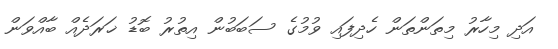
އަދި މިހާރު މިތަންތަން ހެދިފައި ވުމުގެ ސަބަބުން އިތުރު ބޮޑު ޚަރަދެއް ބާއްވަން